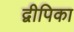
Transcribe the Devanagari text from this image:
द्वीपिका